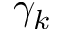
\gamma _ { k }